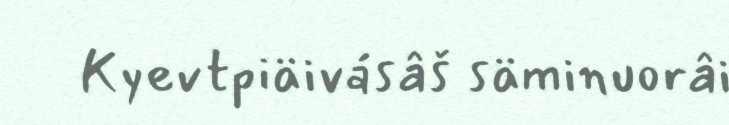
Kyevtpiäivásâš säminuorâi